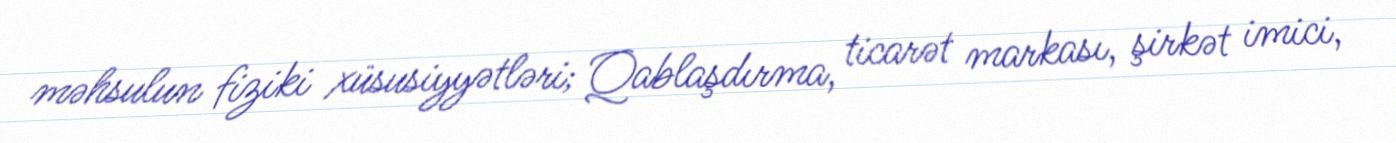
məhsulun fiziki xüsusiyyətləri; Qablaşdırma, ticarət markası, şirkət imici,